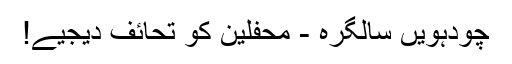
چودہویں سالگرہ - محفلین کو تحائف دیجیے!